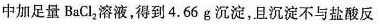
中加足量BaCl2溶液，得到4.66g沉淀，且沉淀不与盐酸反